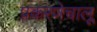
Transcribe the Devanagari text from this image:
प्रकरणेचालू